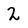
Character: 2